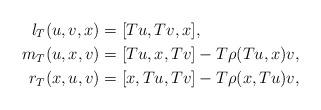
LaTeX: \begin{align*}l_T(u,v,x)&=[Tu,Tv,x],\\m_T(u,x,v)&=[Tu,x,Tv]-T\rho(Tu,x)v,\\r_T(x,u,v)&=[x,Tu,Tv]-T\rho(x,Tu)v,\end{align*}